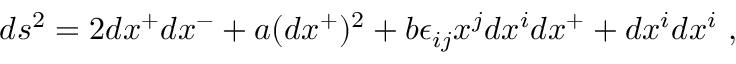
d s ^ { 2 } = 2 d x ^ { + } d x ^ { - } + a ( d x ^ { + } ) ^ { 2 } + b \epsilon _ { i j } x ^ { j } d x ^ { i } d x ^ { + } + d x ^ { i } d x ^ { i } ~ ,